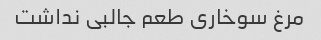
مرغ سوخاری طعم جالبی نداشت